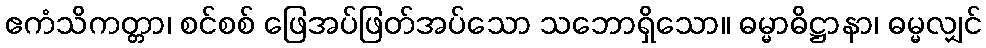
ဧကံသိကတ္တာ၊ စင်စစ် ဖြေအပ်ဖြတ်အပ်သော သဘောရှိသော။ ဓမ္မာဓိဋ္ဌာနာ၊ ဓမ္မလျှင်